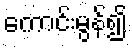
ကောင်းမွန်၍